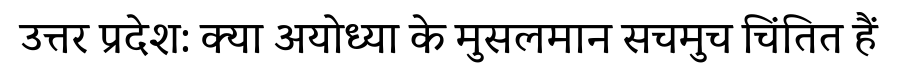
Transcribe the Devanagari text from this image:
उत्तर प्रदेश: क्या अयोध्या के मुसलमान सचमुच चिंतित हैं